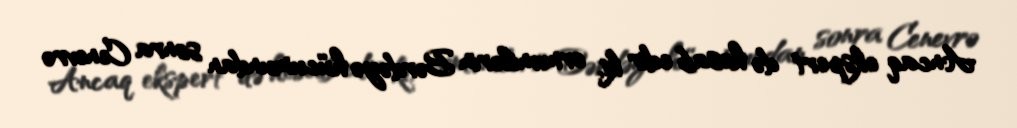
Ancaq ekspert də hesab edir ki, ermənilərin Bərdəyə hücumundan sonra Cenevrə